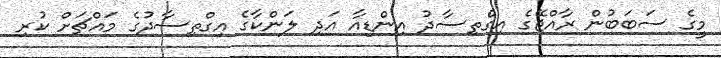
މީގެ ސަބަބުން ރާއްޖޭގެ އިގްތިސާދު އިންޑިއާ އަދި ލަންކާގެ އިގްތިސާދުގެ މައްޗަށް ކުރި